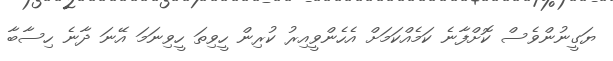
ޔަގީނުންވެސް ކޮށްފާނެ ކަމެއްކަމަށް އެހެންވީއިރު ކުރިން ހީވިތަ ހީވިނަމަ އޭނަ ދާނެ ހިސާބާ